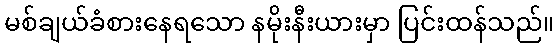
မစ်ချယ်ခံစားနေရသော နမိုးနီးယားမှာ ပြင်းထန်သည်။